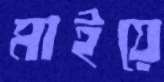
মাইয়ে